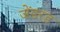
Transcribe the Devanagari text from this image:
जेंडरड